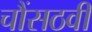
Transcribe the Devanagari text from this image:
चौंसठवीं